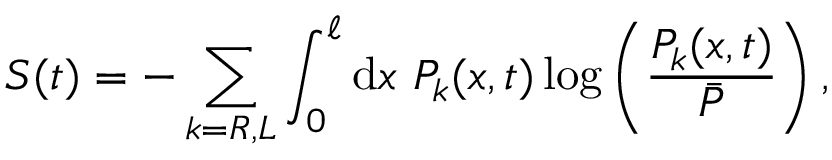
S ( t ) = - \sum _ { k = R , L } \int _ { 0 } ^ { \ell } \mathrm { d } x ~ P _ { k } ( x , t ) \log \left( \frac { P _ { k } ( x , t ) } { \bar { P } } \right) ,